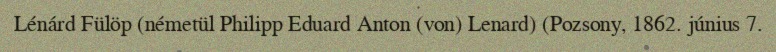
Lénárd Fülöp (németül Philipp Eduard Anton (von) Lenard) (Pozsony, 1862. június 7.